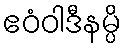
ဧဝံဝါဒီနမ္ပိ